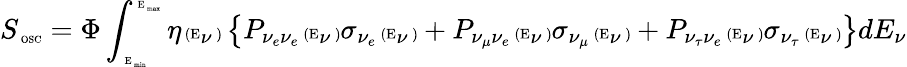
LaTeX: S_{\mathrm{\tiny~OSC}}=\Phi\int_{{\mathrm{\tiny~E}}_{\mathrm{\tiny~min}}}^{{\mathrm{\tiny~E}}_{\mathrm{\tiny~max}}}\eta{\mathrm{\tiny~(E}}_{\nu}\mathrm{\tiny~)}\left\{ P_{\nu_{e}\nu_{e}}{\mathrm{\tiny~(E}}_{\nu}\mathrm{\tiny~)}\sigma_{\nu_{e}}{\mathrm{\tiny~(E}}_{\nu}\mathrm{\tiny~)}+P_{\nu_{\mu}\nu_{e}}{\mathrm{\tiny~(E}}_{\nu}\mathrm{\tiny~)}\sigma_{\nu_{\mu}}{\mathrm{\tiny~(E}}_{\nu}\mathrm{\tiny~)}+P_{\nu_{\tau}\nu_{e}}{\mathrm{\tiny~(E}}_{\nu}\mathrm{\tiny~)}\sigma_{\nu_{\tau}}{\mathrm{\tiny~(E}}_{\nu}\mathrm{\tiny~)}\right\} dE_{\nu}